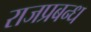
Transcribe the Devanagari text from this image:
राजप्रबन्ध